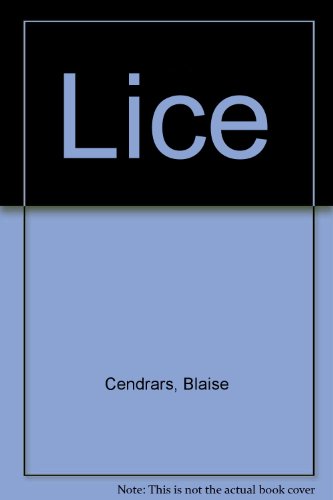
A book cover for Lice; Blaise Cendrars; Health, Fitness & Dieting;